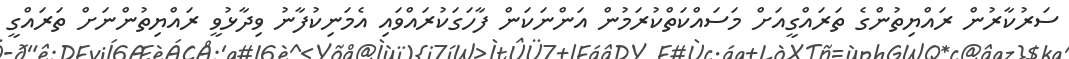
ސަރުކާރުން ރައްޔިތުންގެ ތަރައްގީއަށް މަސައްކަތްކުރަމުން އަންނަކަން ފާހަގަކުރައްވައި އެމަނިކުފާނު ވިދާޅުވީ ރައްޔިތުންނަށް ތަރައްގީ